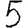
Digit: 5